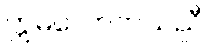
ဣဓလောကသညီ